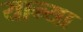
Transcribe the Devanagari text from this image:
यान्या